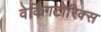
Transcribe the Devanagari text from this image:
वेर्किंगटोरिक्स